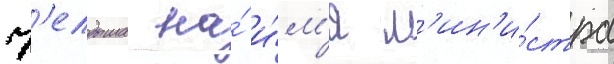
К'елдыша на́ и́м'я м'ин'и́стра